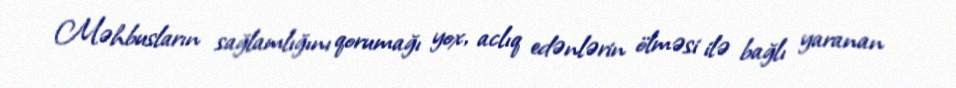
Məhbusların sağlamlığını qorumağı yox, aclıq edənlərin ölməsi ilə bağlı yaranan